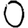
Digit: 0